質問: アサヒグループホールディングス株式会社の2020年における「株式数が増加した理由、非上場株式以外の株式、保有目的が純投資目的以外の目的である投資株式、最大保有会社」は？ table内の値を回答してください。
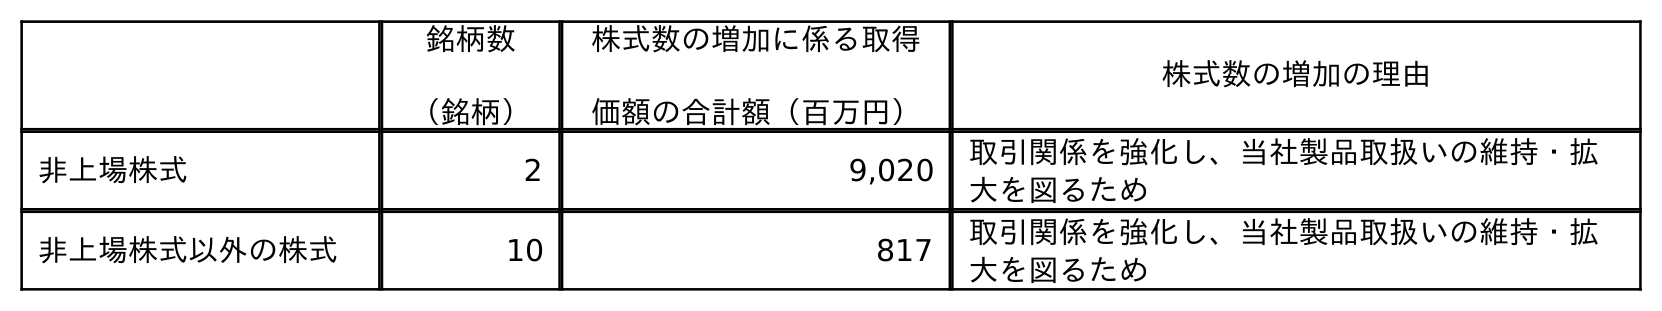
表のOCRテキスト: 銘柄数 （銘柄） 株式数の増加に係る取得 価額の合計額（百万円） 株式数の増加の理由 非上場株式 2 9,020 取引関係を強化し、当社製品取扱いの維持・拡 大を図るため 非上場株式以外の株式 10 817 取引関係を強化し、当社製品取扱いの維持・拡 大を図るため
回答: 取引関係を強化し、当社製品取扱いの維持・拡大を図るため